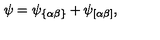
\psi = \psi _ { \{ \alpha \beta \} } + \psi _ { \left[ \alpha \beta \right] } ,